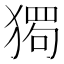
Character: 𰡡